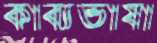
কাব্যভাষা